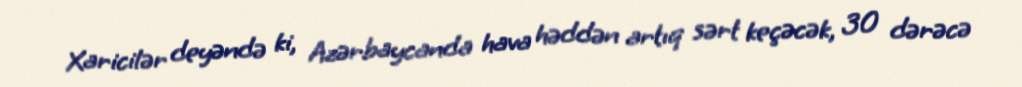
Xaricilər deyəndə ki, Azərbaycanda hava həddən artıq sərt keçəcək, 30 dərəcə